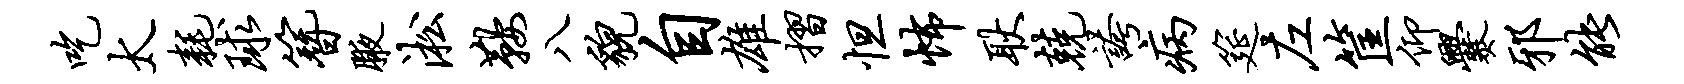
吃太耗球簪腋淞鞍八貌自雄摺怛怖耿兢夸病筵左筐仰爨邪能